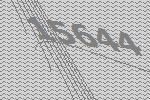
15644